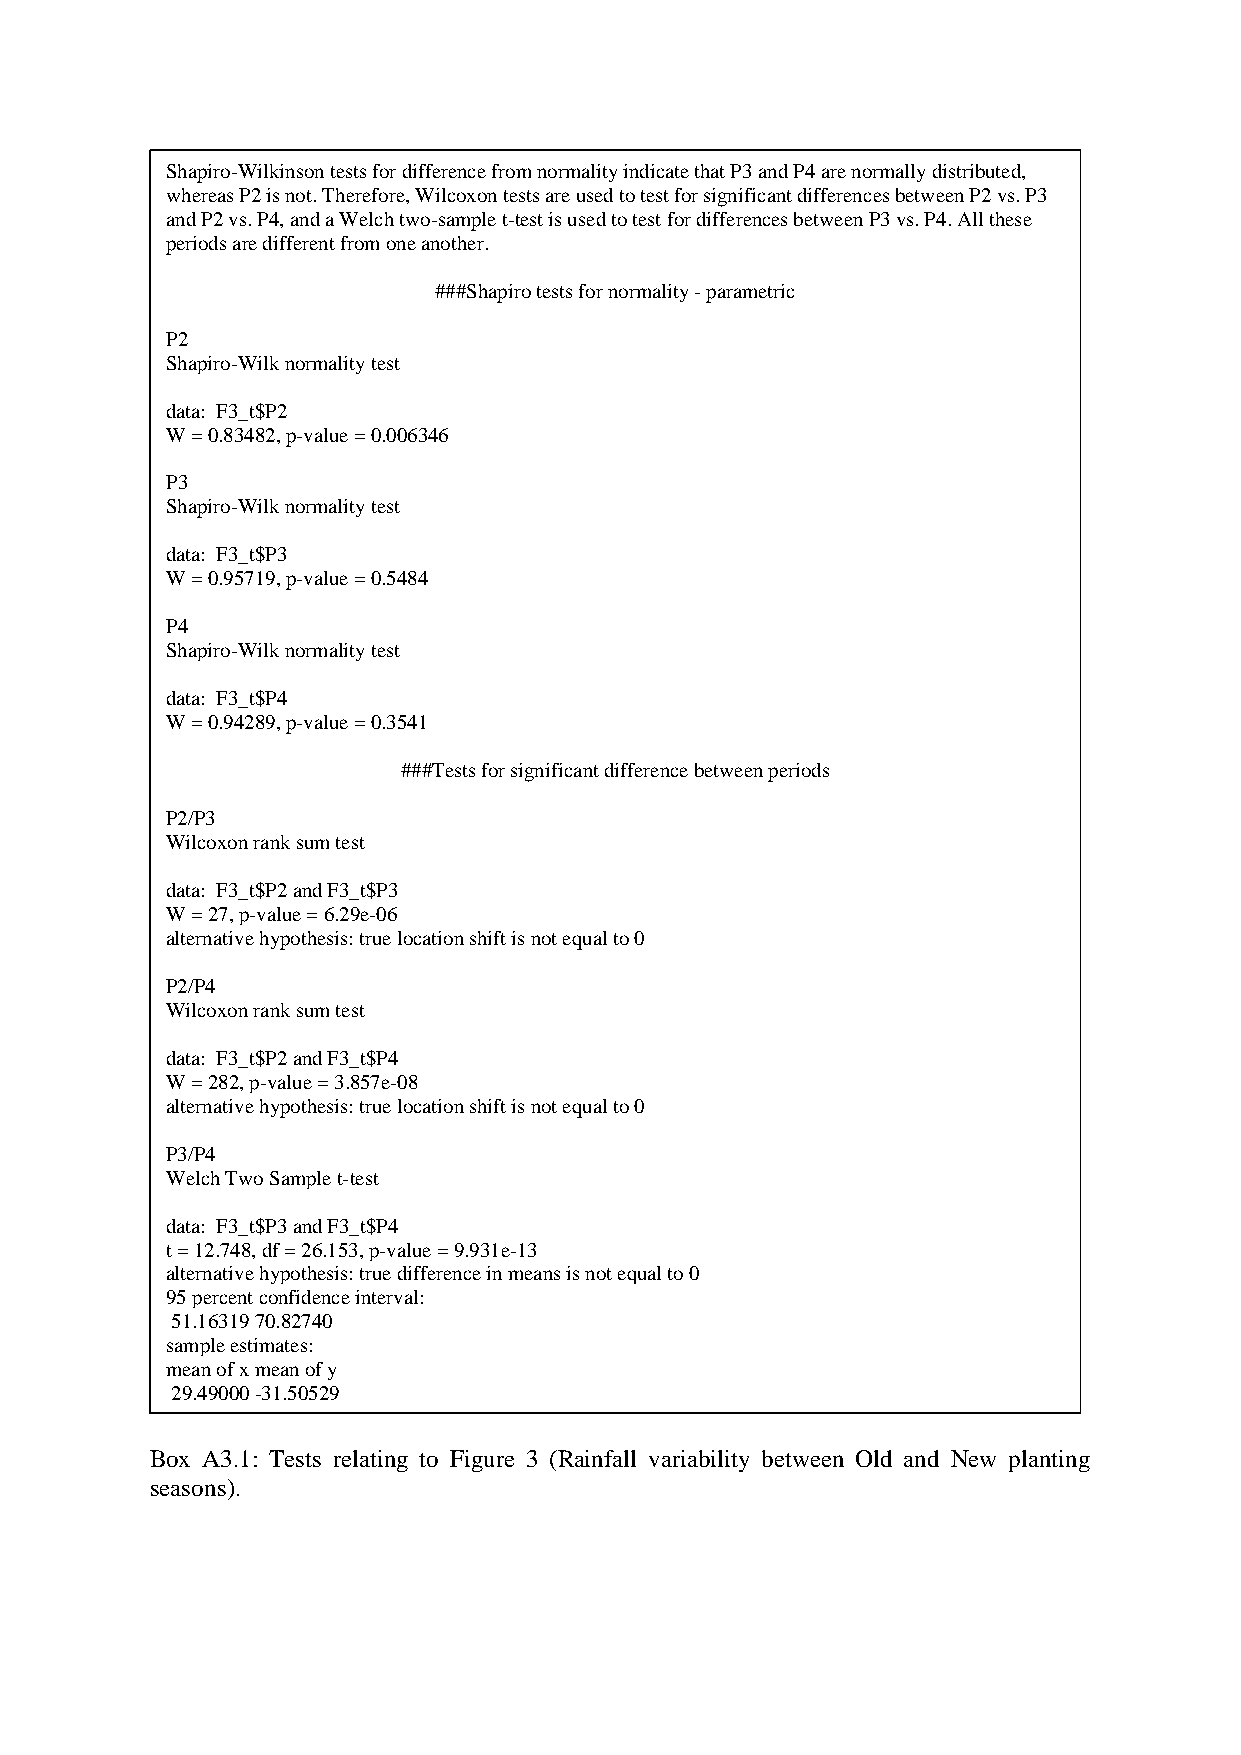
Shapiro-Wilkinson tests for difference from normality indicate that P3 and P4 are normally distributed,
 whereas P2 is not. Therefore, Wilcoxon tests are used to test for significant differences between P2 vs. P3
 and P2 vs. P4, and a Welch two-sample t-test is used to test for differences between P3 vs. P4. All these
 periods are different from one another.
 ###Shapiro tests for normality - parametric
 P2
 Shapiro-Wilk normality test
 data: F3_t$P2
 W = 0.83482, p-value = 0.006346
 P3
 Shapiro-Wilk normality test
 data: F3_t$P3
 W = 0.95719, p-value = 0.5484
 P4
 Shapiro-Wilk normality test
 data: F3_t$P4
 W = 0.94289, p-value = 0.3541
 ###Tests for significant difference between periods
 P2/P3
 Wilcoxon rank sum test
 data: F3_t$P2 and F3_t$P3
 W = 27, p-value = 6.29e-06
 alternative hypothesis: true location shift is not equal to 0
 P2/P4
 Wilcoxon rank sum test
 data: F3_t$P2 and F3_t$P4
 W = 282, p-value = 3.857e-08
 alternative hypothesis: true location shift is not equal to 0
 P3/P4
 Welch Two Sample t-test
 data: F3_t$P3 and F3_t$P4
 t = 12.748, df = 26.153, p-value = 9.931e-13
 alternative hypothesis: true difference in means is not equal to 0
 95 percent confidence interval:
 51.16319 70.82740
 sample estimates:
 mean of x mean of y
 29.49000 -31.50529
 Box A3.1: Tests relating to Figure 3 (Rainfall variability between Old and New planting
 seasons).